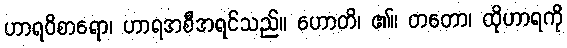
ဟာရဝိစာရော၊ ဟာရအစီအရင်သည်။ ဟောတိ၊ ၏။ တတော၊ ထိုဟာရကို